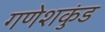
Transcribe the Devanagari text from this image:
गणेशकुंड